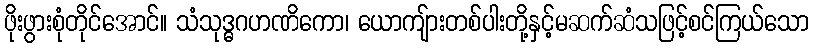
ဖိုးဖွားစုံတိုင်အောင်။ သံသုဒ္ဓဂဟဏိကော၊ ယောကျ်ားတစ်ပါးတို့နှင့်မဆက်ဆံသဖြင့်စင်ကြယ်သော